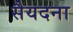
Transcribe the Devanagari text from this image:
सैयदना